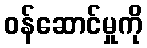
ဝန်ဆောင်မှုကို